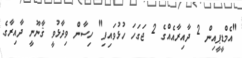
"އެމްޑީޕީއިން 2 ދާއިރާއެއްގެ 2 ޖަގަހަ ހުޅުވައިފި" ހިސާން ވިދާޅުވީ ޤާނޫނީ ދާއިރާގެ